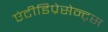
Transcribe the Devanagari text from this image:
एंटीडिप्रेसेन्ट्स